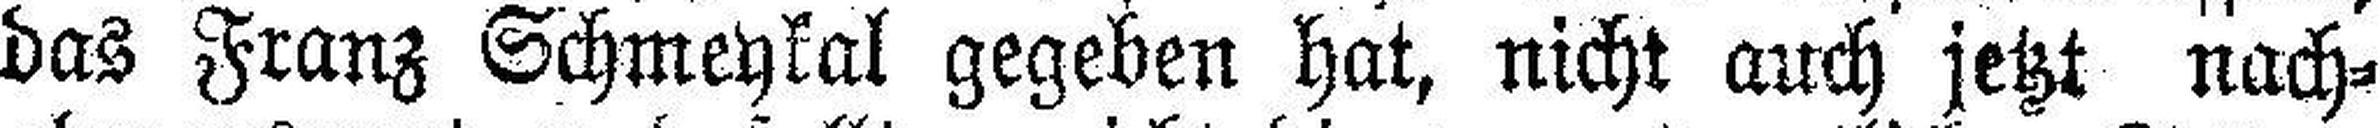
das Franz Schmeykal gegeben hat, nicht auch jetzt nach¬